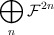
\begin{align*}\bigoplus_n {\cal F}^{2n}\end{align*}